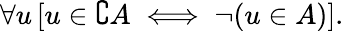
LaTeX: \forall u\, [u\in\complement A\iff\neg(u\in A)].